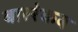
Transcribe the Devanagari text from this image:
बाररेकब